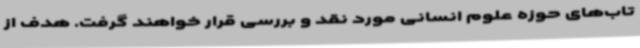
تاب‌های حوزه علوم انسانی مورد نقد و بررسی قرار خواهند گرفت. هدف از